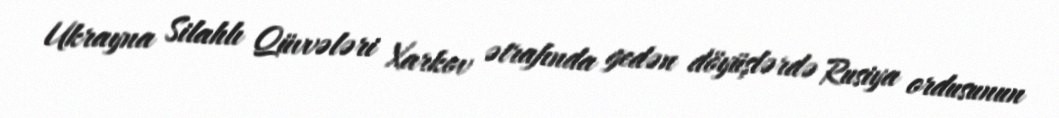
Ukrayna Silahlı Qüvvələri Xarkov ətrafında gedən döyüşlərdə Rusiya ordusunun